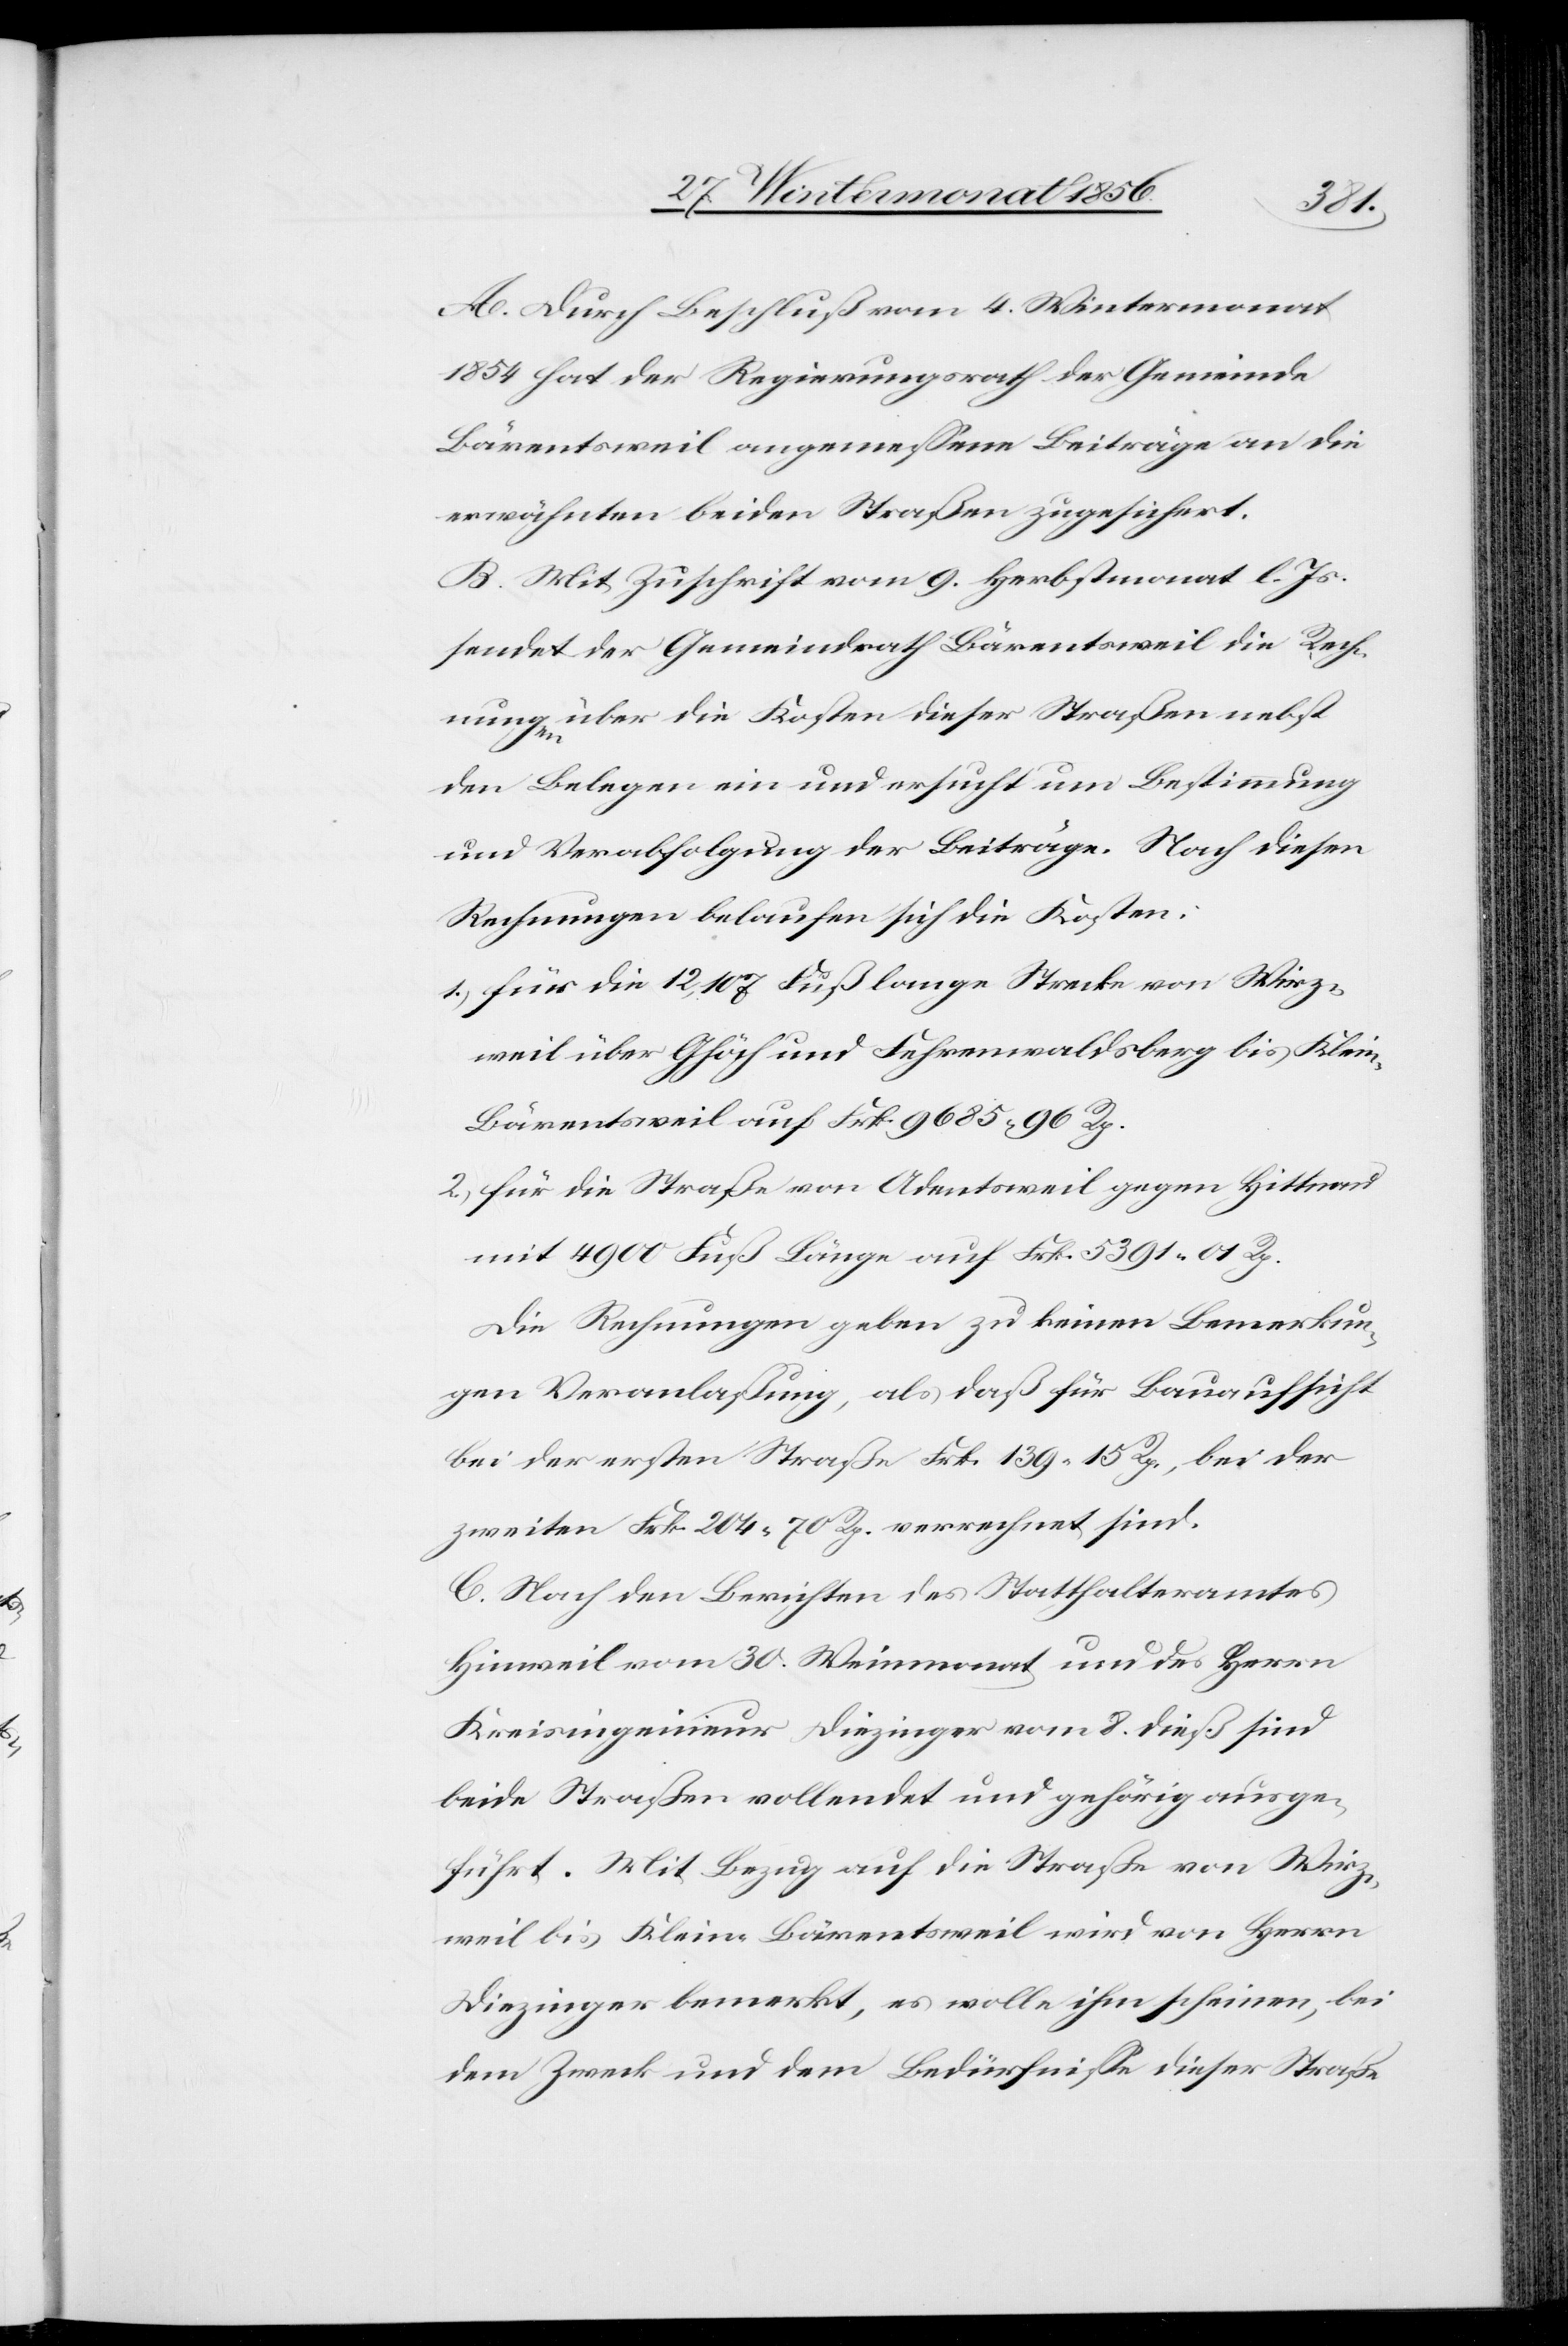
A. Durch Beschluß vom 4. Wintermonat
1854 hat der Regierungsrath der Gemeinde
Bärentsweil angemessene Beiträge an die
erwähnten beiden Straßen zugesichert.
B. Mit Zuschrift vom 9. Herbstmonat l. Js.
sendet der Gemeindrath Bärentsweil die Rech¬
nungen über die Kosten dieser Straße nebst
den Belegen ein und ersucht um Bestimmung
und Verabfolgung der Beiträge. Nach diesen
Rechnungen belaufen sich die Kosten:
1.) für die 12,107 Fuß lange Strecke von Wirz¬
weil über Ghöch und Fehrenwaldsberg bis Klei¬
n-Bärentsweil auf Frk. 9685. 96 Rp.
2.) für die Straße von Adentsweil gegen Hittnau
mit 4900 Fuß Länge auf Frk. 5391. 01 Rp.
Die Rechnungen geben zu keinen Bemerkun¬
gen Veranlaßung, als daß für Bauaufsicht
bei der ersten Straße Frk. 139. 15 Rp., bei der
zweiten Frk. 204. 70 Rp. verrechnet sind.
C. Nach den Berichten des Statthalteramtes
Hinweil vom 30. Weinmonat und des Herrn
Kreisingenieur Diezinger vom 8. dieß sind
beide Straßen vollendet und gehörig ausge¬
führt. Mit Bezug auf die Straße von Wirz¬
weil bis Klein-Bärentsweil wird von Herrn
Diezinger bemerkt, , es wolle ihm scheinen, bei
dem Zweck und dem Bedürfnisse dieser Straße